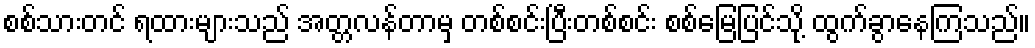
စစ်သားတင် ရထားများသည် အတ္တလန်တာမှ တစ်စင်းပြီးတစ်စင်း စစ်မြေပြင်သို့ ထွက်ခွာနေကြသည်။